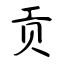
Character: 贡